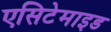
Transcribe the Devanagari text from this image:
एसिटेमाइड